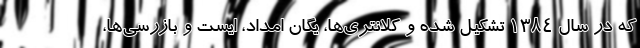
که در سال ۱۳۸۴ تشکیل شده و کلانتری‌ها، یگان امداد، ایست و بازرسی‌ها،